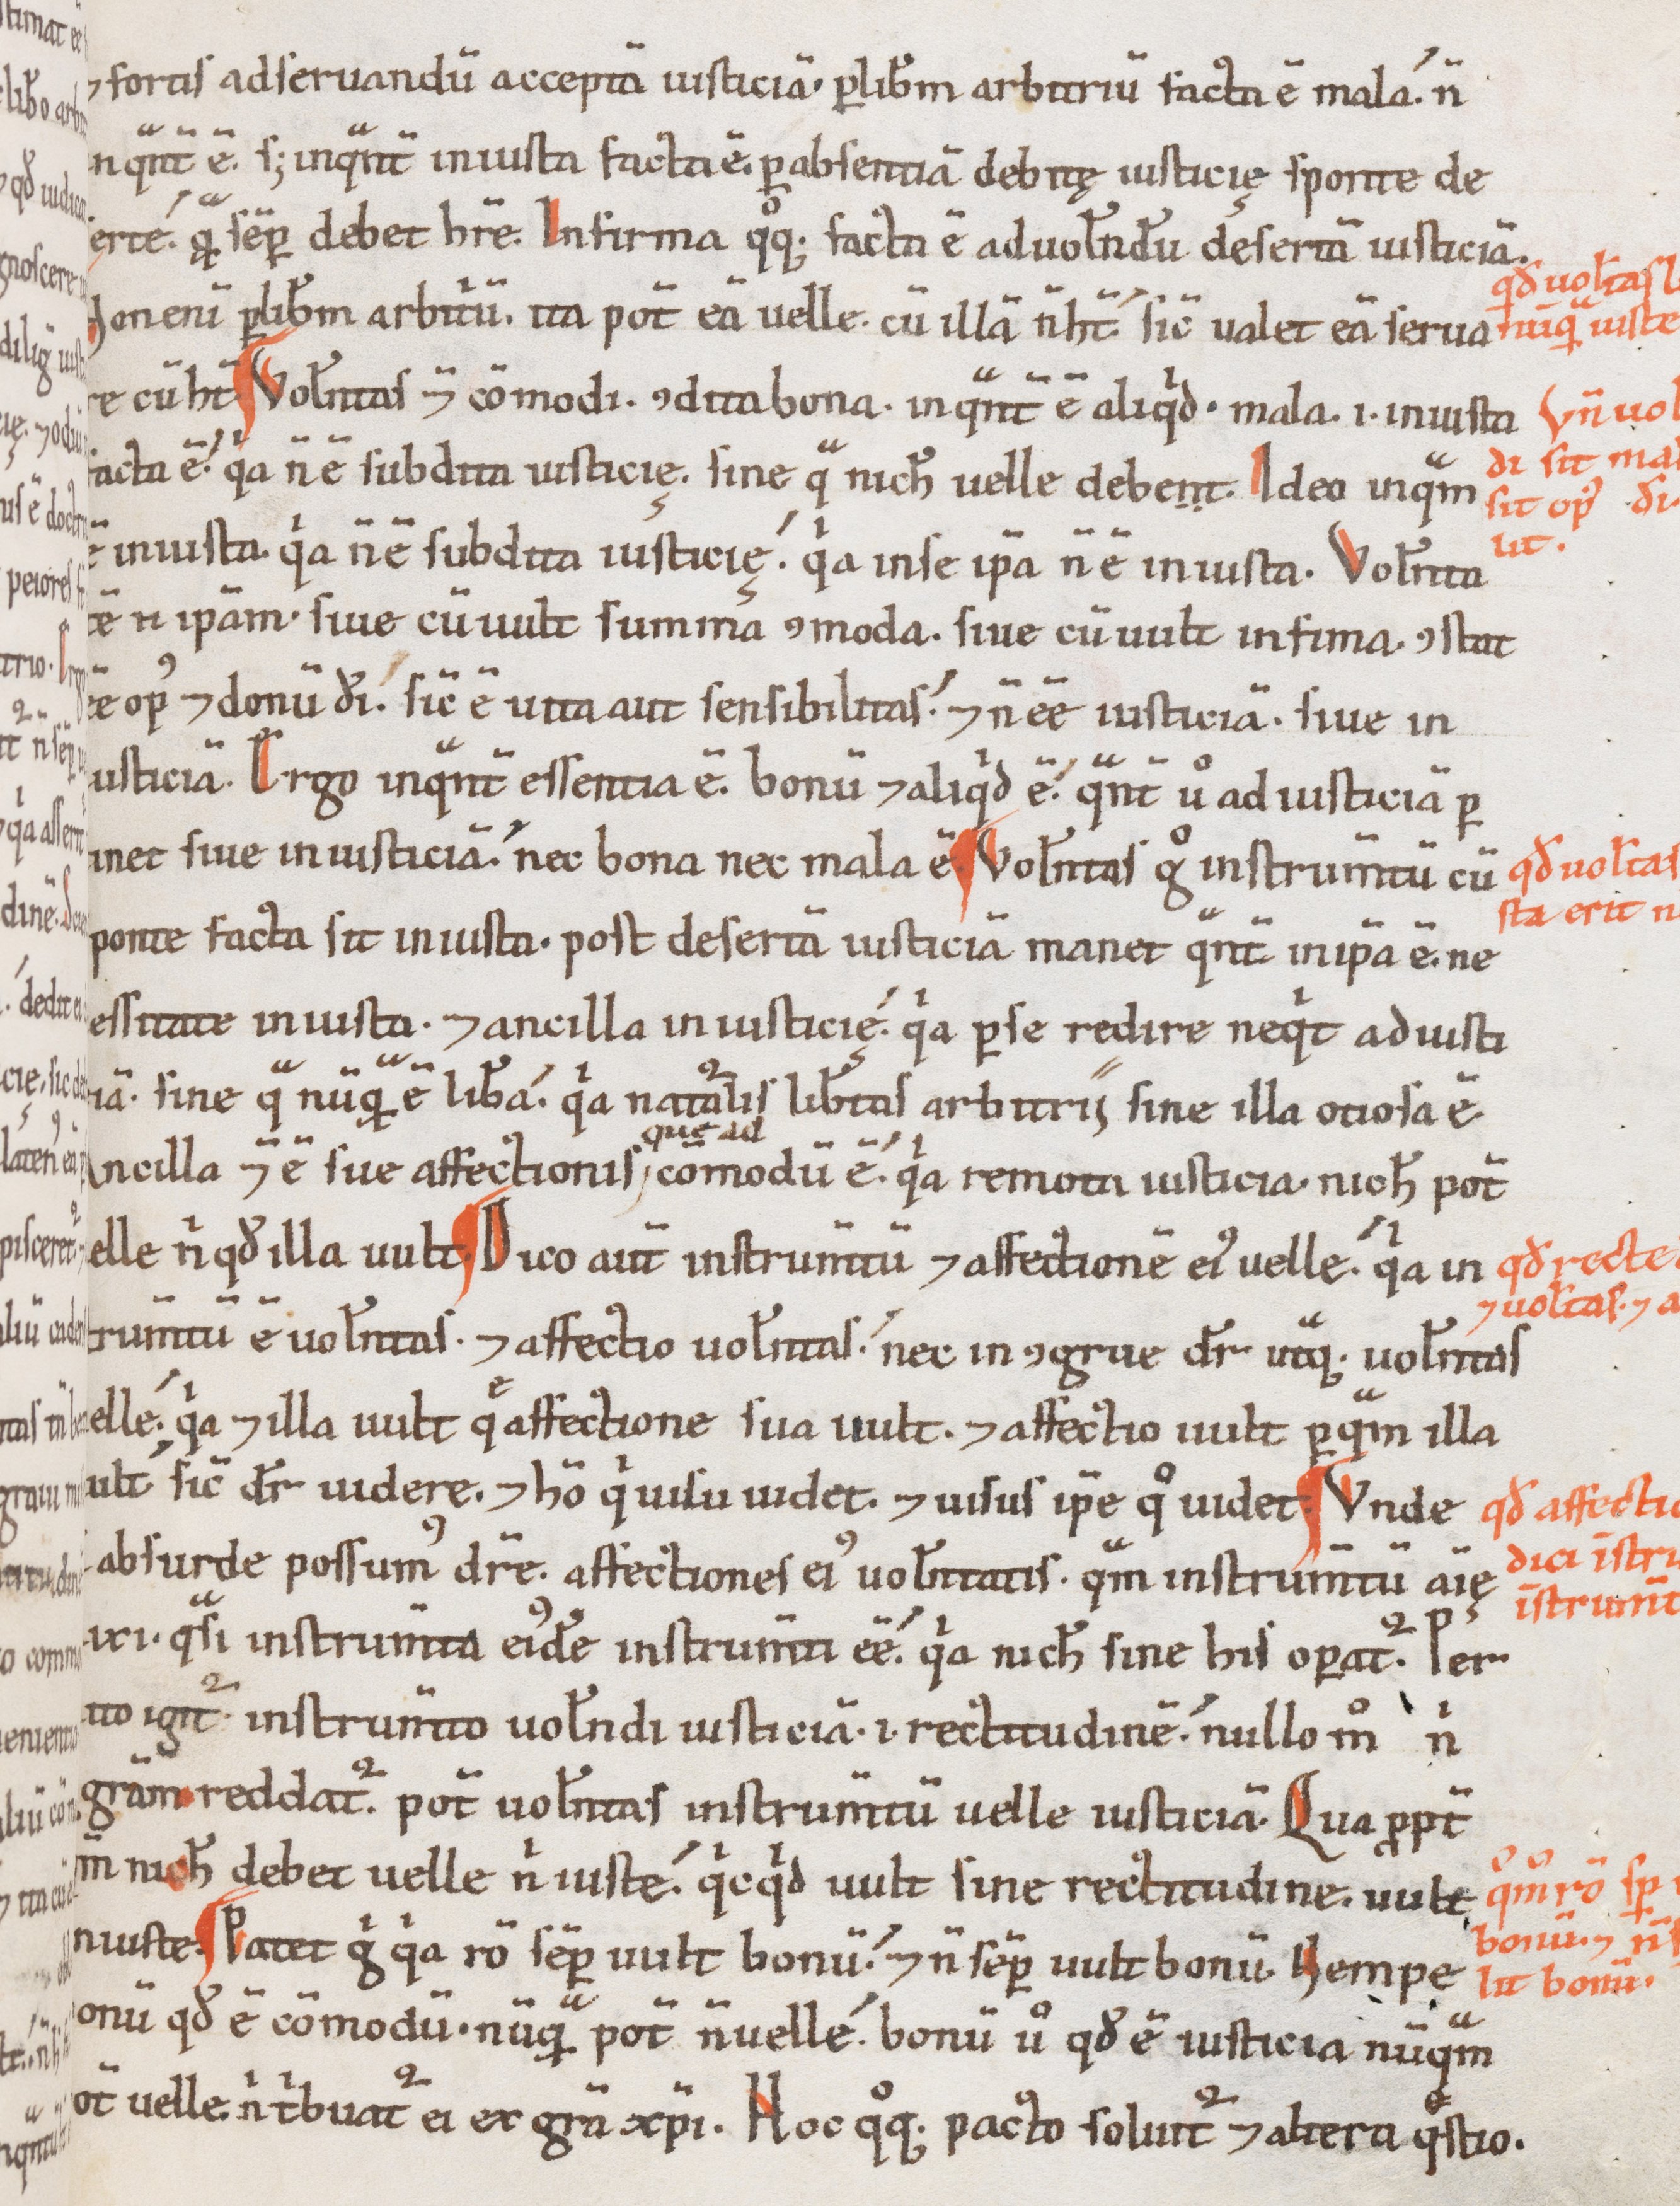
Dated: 1100–1199